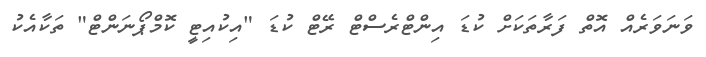
ވަނަވަރެއް އޮތް ފަރާތަކަށް ކުޑަ އިންޓްރެސްޓް ރޭޓް ކުޑަ "އިކުއިޓީ ކޮމްޕޯނަންޓް" ތަކާއެކު